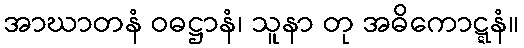
အာဃာတနံ ဝဓဋ္ဌာနံ၊ သူနာ တု အဓိကောဋ္ဋနံ။